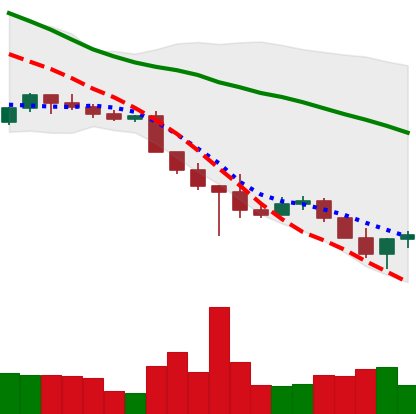
Ticker: ADA-USD
Chart end date: 2022-10-22
Forward return: 10.611%
Label: up_7plus